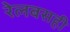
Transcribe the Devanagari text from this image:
रेलबसही